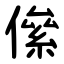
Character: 㒍